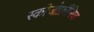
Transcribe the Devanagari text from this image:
स्‍कीजोफ्रीनिया